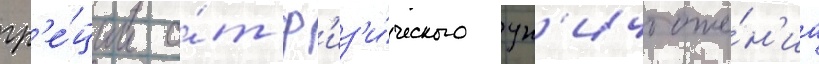
гр'е́ции о́т ф'из'и́ческого ун'ичтоже́н'иа